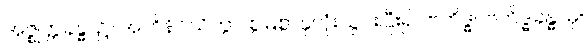
အဇ္ဈတ္တခန္ဓာ၌။ အဘိနိဝိသိတွာ၊ စွဲမြဲစွာနှလုံးသွင်းပြီး၍။ ဗဟိဒ္ဓါ၊ ဗဟိဒ္ဓခန္ဓာမှ။